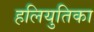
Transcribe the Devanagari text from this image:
हलियुतिका